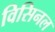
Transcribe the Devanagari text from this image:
विसिनल